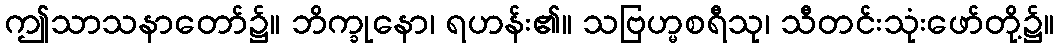
ဤသာသနာတော်၌။ ဘိက္ခုနော၊ ရဟန်း၏။ သဗြဟ္မစရီသု၊ သီတင်းသုံးဖော်တို့၌။